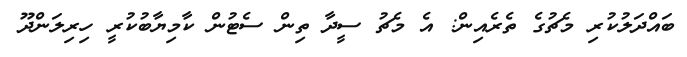
ބައްދަލުކުރި މެޗުގެ ތެރެއިން: އެ މެޗު ސީދާ ތިން ސެޓުން ކާމިޔާބުކުރީ ހިރިލަންދޫ